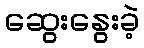
ဆွေးနွေးခဲ့